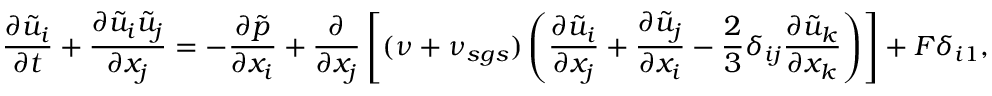
\frac { \partial \tilde { u } _ { i } } { \partial t } + \frac { \partial \tilde { u } _ { i } \tilde { u } _ { j } } { \partial x _ { j } } = - \frac { \partial \tilde { p } } { \partial x _ { i } } + \frac { \partial } { \partial x _ { j } } \left[ ( \nu + \nu _ { s g s } ) \left( \frac { \partial \tilde { u } _ { i } } { \partial { x _ { j } } } + \frac { \partial \tilde { u } _ { j } } { \partial { x _ { i } } } - \frac { 2 } { 3 } \delta _ { i j } \frac { \partial \tilde { u } _ { k } } { \partial { x _ { k } } } \right) \right] + F \delta _ { i 1 } ,